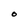
Character: O